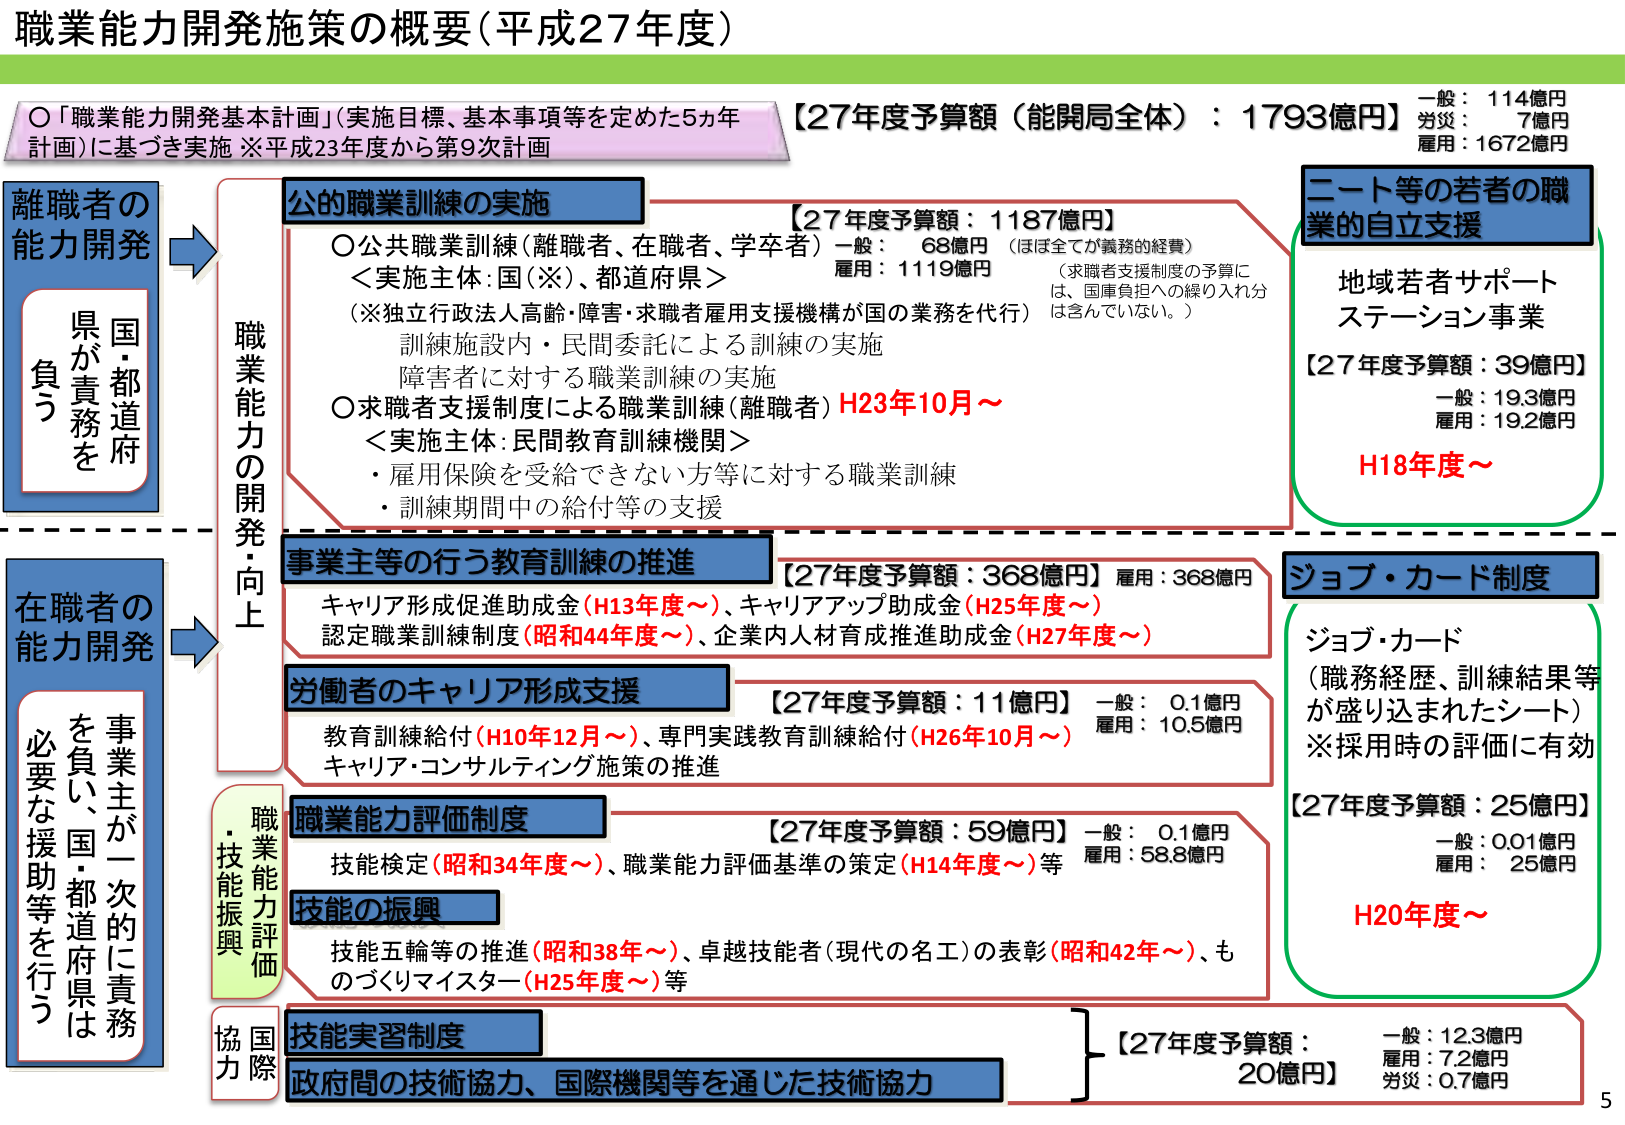
職業能力開発施策の概要（平成27年度）

○「職業能力開発基本計画」（実施目標、基本事項等を定めた5か年計画）に基づき実施 ※平成23年度から第9次計画

【27年度予算額（能開局全体）：1793億円】
一般：114億円
労災：7億円
雇用：1672億円

離職者の能力開発
国・都道府県が責務を負う

公的職業訓練の実施
【27年度予算額：1187億円】
○公共職業訓練（離職者、在職者、学卒者）一般：68億円（ほぼ全てが義務的経費）
＜実施主体：国（※）、都道府県＞
（※独立行政法人高齢・障害・求職者雇用支援機構が国の業務を代行）
訓練施設内・民間委託による訓練の実施
障害者に対する職業訓練の実施
○求職者支援制度による職業訓練（離職者）H23年10月～
＜実施主体：民間教育訓練機関＞
・雇用保険を受給できない方等に対する職業訓練
・訓練期間中の給付等の支援
（求職者支援制度の予算には、国庫負担への繰り入れ分は含んでいない。）

二ート等の若者の職業的自立支援
地域若者サポートステーション事業
【27年度予算額：39億円】
一般：19.3億円
雇用：19.2億円
H18年度～

職業能力の開発・向上

事業主等の行う教育訓練の推進
【27年度予算額：368億円】雇用：368億円
キャリア形成促進助成金（H13年度～）、キャリアアップ助成金（H25年度～）
認定職業訓練制度（昭和44年度～）、企業内人材育成推進助成金（H27年度～）

労働者のキャリア形成支援
【27年度予算額：11億円】
一般：0.1億円
雇用：10.5億円
教育訓練給付（H10年12月～）、専門実践教育訓練給付（H26年10月～）
キャリア・コンサルティング施策の推進

ジョブ・カード制度
ジョブ・カード
（職務経歴、訓練結果等が盛り込まれたシート）
※採用時の評価に有効
【27年度予算額：25億円】
一般：0.01億円
雇用：25億円
H20年度～

在職者の能力開発
事業主が一次的に責務を負い、国・都道府県は必要な援助等を行う

職業能力評価制度
【27年度予算額：59億円】
一般：0.1億円
雇用：58.8億円
技能検定（昭和34年度～）、職業能力評価基準の策定（H14年度～）等

技能の振興
技能五輪等の推進（昭和38年～）、卓越技能者（現代の名工）の表彰（昭和42年～）、ものづくりマイスター（H25年度～）等

技能実習制度
政府間の技術協力、国際機関等を通じた技術協力
【27年度予算額：20億円】
一般：12.3億円
雇用：7.2億円
労災：0.7億円

・職業能力評価
・技能振興
協国際力

5